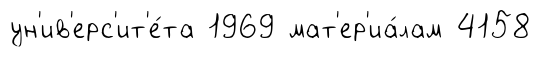
ун'ив'ерс'ит'е́та 1969 мат'ер'иа́лам 4158